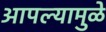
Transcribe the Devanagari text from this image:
आपल्यामुळे